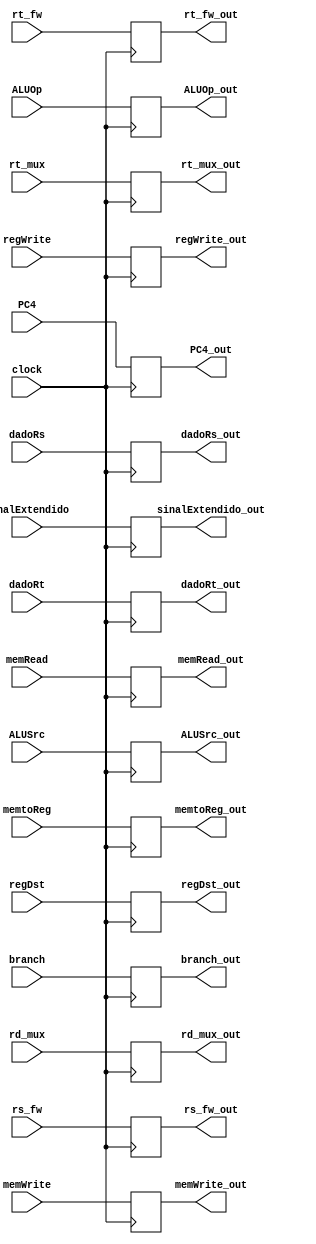
module IDEX(clock, PC4, dadoRs, dadoRt, regDst, branch, memRead, memtoReg, ALUOp, memWrite, ALUSrc, regWrite,
 sinalExtendido, rt_mux, rd_mux, rs_fw, rt_fw, PC4_out, dadoRs_out, dadoRt_out, regDst_out, branch_out, 
 memRead_out, memtoReg_out, ALUOp_out, memWrite_out, ALUSrc_out, regWrite_out, sinalExtendido_out,
  rt_mux_out, rd_mux_out, rs_fw_out, rt_fw_out);

    input clock;
    input [31:0] PC4;
    input [31:0] dadoRs;
    input [31:0] dadoRt;
    input regDst;
    input branch;
    input memRead;
    input memtoReg;
    input [1:0] ALUOp;
    input memWrite;
    input ALUSrc;
    input regWrite;
    input [31:0] sinalExtendido;
    input [4:0]rt_mux;
    input [4:0]rd_mux;
    input [4:0]rs_fw;
    input [4:0]rt_fw;

    output reg [31:0] PC4_out;
    output reg [31:0] dadoRs_out;
    output reg [31:0] dadoRt_out;
    output reg regDst_out;
    output reg branch_out;
    output reg memRead_out;
    output reg memtoReg_out;
    output reg [1:0] ALUOp_out;
    output reg memWrite_out;
    output reg ALUSrc_out;
    output reg regWrite_out;
    output reg [31:0] sinalExtendido_out;
    output reg [4:0] rt_mux_out;
    output reg [4:0] rd_mux_out;
    output reg [4:0] rs_fw_out;
    output reg [4:0] rt_fw_out;

    always @ (negedge clock)begin
    PC4_out = PC4;
    dadoRs_out = dadoRs;
    dadoRt_out = dadoRt;
    regDst_out = regDst;
    branch_out = branch;
    memRead_out = memRead;
    memtoReg_out = memtoReg;
    ALUOp_out = ALUOp;
    memWrite_out = memWrite;
    ALUSrc_out = ALUSrc;
    regWrite_out = regWrite;
    sinalExtendido_out = sinalExtendido;
    rt_mux_out = rt_mux;
    rd_mux_out = rd_mux;
    rs_fw_out = rs_fw;
    rt_fw_out = rt_fw;

    end

endmodule